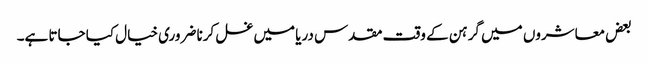
بعض معاشروں میں گرہن کے وقت مقدس دریا میں غسل کرنا ضروری خیال کیا جاتا ہے۔